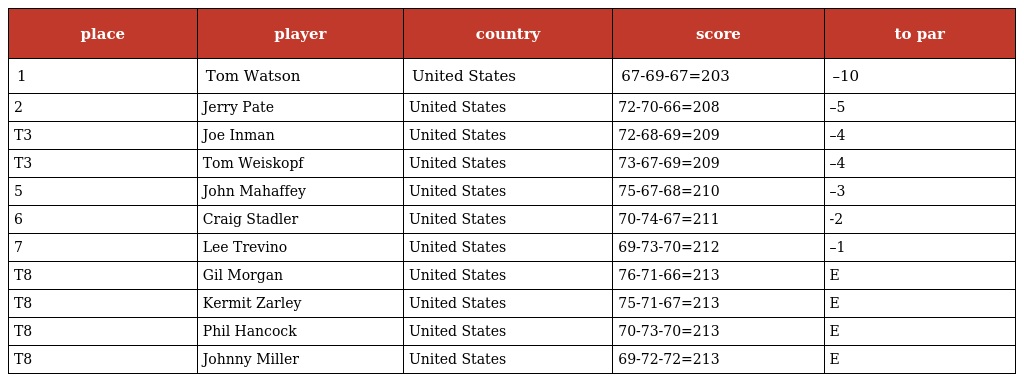
| place | player | country | score | to par |
 | --- | --- | --- | --- | --- |
 | 1 | Tom Watson | United States | 67-69-67=203 | –10 |
 | 2 | Jerry Pate | United States | 72-70-66=208 | –5 |
 | T3 | Joe Inman | United States | 72-68-69=209 | –4 |
 | T3 | Tom Weiskopf | United States | 73-67-69=209 | –4 |
 | 5 | John Mahaffey | United States | 75-67-68=210 | –3 |
 | 6 | Craig Stadler | United States | 70-74-67=211 | -2 |
 | 7 | Lee Trevino | United States | 69-73-70=212 | –1 |
 | T8 | Gil Morgan | United States | 76-71-66=213 | E |
 | T8 | Kermit Zarley | United States | 75-71-67=213 | E |
 | T8 | Phil Hancock | United States | 70-73-70=213 | E |
 | T8 | Johnny Miller | United States | 69-72-72=213 | E |